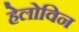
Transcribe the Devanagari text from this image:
हेलोविन